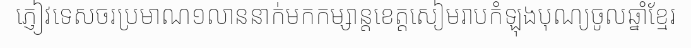
ភ្ញៀវទេសចរប្រមាណ១លាននាក់មកកម្សាន្តខេត្តសៀមរាបកំឡុងបុណ្យចូលឆ្នាំខ្មែរ